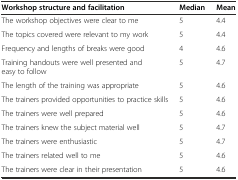
| Workshop structure and facilitation | Median | Mean |
 | --- | --- | --- |
 | The workshop objectives were clear to me | 5 | 4.4 |
 | The topics covered were relevant to my work | 5 | 4.4 |
 | Frequency and lengths of breaks were good | 4 | 4.6 |
 | Training handouts were well presented and easy to follow | 5 | 4.7 |
 | The length of the training was appropriate | 5 | 4.6 |
 | The trainers provided opportunities to practice skills | 5 | 4.6 |
 | The trainers were well prepared | 5 | 4.6 |
 | The trainers knew the subject material well | 5 | 4.7 |
 | The trainers were enthusiastic | 5 | 4.7 |
 | The trainers related well to me | 5 | 4.6 |
 | The trainers were clear in their presentation | 5 | 4.6 |